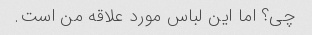
چی؟ اما این لباس مورد علاقه من است.